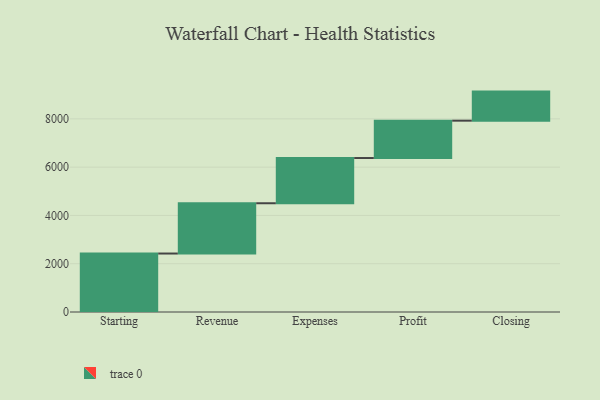
{"axis": {"x": "Step", "y": "Value"}, "legend": [""], "data": [{"x": "Starting", "y": 2422.0, "type": ""}, {"x": "Revenue", "y": 2083.0, "type": ""}, {"x": "Expenses", "y": 1873.0, "type": ""}, {"x": "Profit", "y": 1548.0, "type": ""}, {"x": "Closing", "y": 1204.0, "type": ""}]}